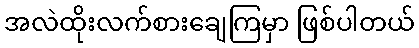
အလဲထိုးလက်စားချေကြမှာ ဖြစ်ပါတယ်